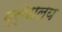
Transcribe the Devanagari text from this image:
ग्र्ंथालय